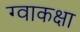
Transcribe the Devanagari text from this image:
ग्वाकक्षा